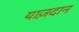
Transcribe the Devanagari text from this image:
याज़दान